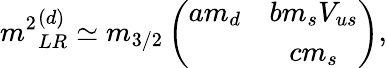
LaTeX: {m^{2}}_{LR}^{(d)}\simeq m_{3/2}\left(\begin{array}{cc}{{am_{d}}}&{{bm_{s}V_{us}}}\\ {{}}&{{cm_{s}}}\end{array}\right),